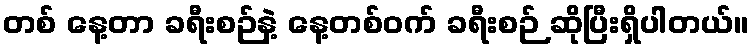
တစ် နေ့တာ ခရီးစဉ်နဲ့ နေ့တစ်ဝက် ခရီးစဉ် ဆိုပြီးရှိပါတယ်။